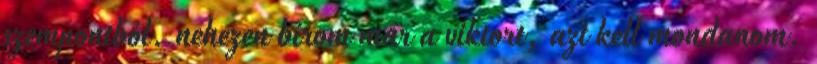
szempontból. nehezen bírom már a viktort, azt kell mondanom.